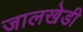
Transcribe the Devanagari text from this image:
जालखेडी